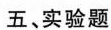
五、实验题